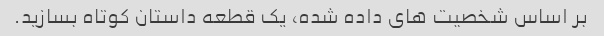
بر اساس شخصیت های داده شده، یک قطعه داستان کوتاه بسازید.